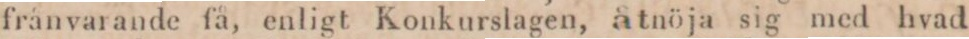
frånvarande få, enligt Konkurslagen, åtnöja sig med hvad